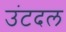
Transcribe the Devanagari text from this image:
उंटदल